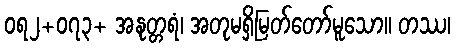
ဝရ၂+၀၇၃+ အနုတ္တရံ၊ အတုမရှိမြတ်တော်မူသော။ တဿ၊